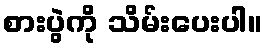
စားပွဲကို သိမ်းပေးပါ။